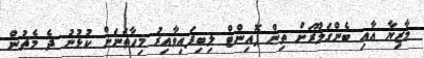
މާޒިޔާ އާއި ބެންގަލޫރަށް ތިން ޕޮއިންޓް ލިބިފައިވާއިރު މިހާތަނަށް ކުޅުނު ދެ މެޗުން